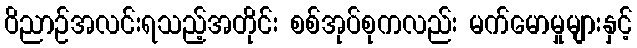
ဝိညာဉ်အလင်းရသည့်အတိုင်း စစ်အုပ်စုကလည်း မက်မောမှုများနှင့်